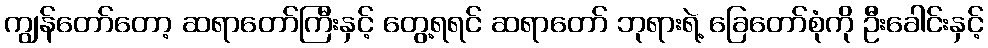
ကျွန်တော်တော့ ဆရာတော်ကြီးနှင့် တွေ့ရရင် ဆရာတော် ဘုရားရဲ့ ခြေတော်စုံကို ဦးခေါင်းနှင့်